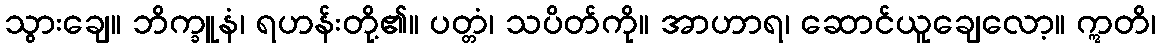
သွားချေ။ ဘိက္ခူနံ၊ ရဟန်းတို့၏။ ပတ္တံ၊ သပိတ်ကို။ အာဟာရ၊ ဆောင်ယူချေလော့။ ဣတိ၊